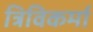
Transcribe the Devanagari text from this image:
त्रिविकर्मा